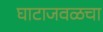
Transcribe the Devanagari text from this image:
घाटाजवळचा